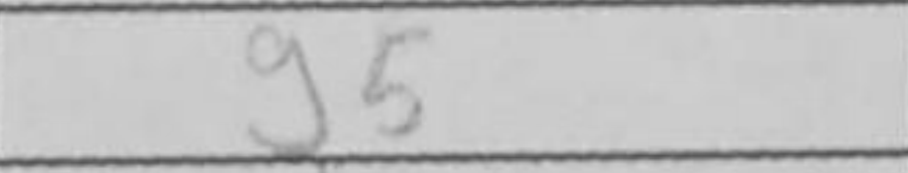
Transcription: g5